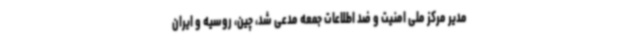
مدیر مرکز ملی امنیت و ضد اطلاعات جمعه مدعی شد، چین، روسیه و ایران